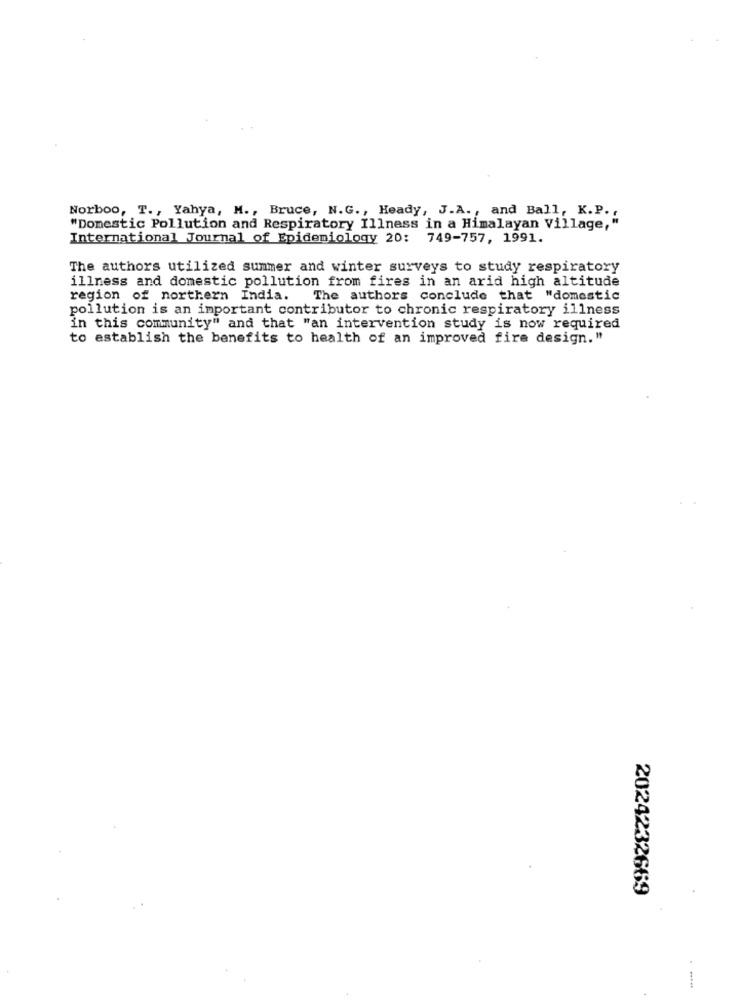
Norboo, T ., Yahya, M ., Bruce, N.G ., Heady, J.A ., and Ball, K.P. ,
"Domestic Pollution and Respiratory Illness in a Himalayan Village,"
International Journal of Epidemiology 20: 749-757, 1991.
The authors utilized summer and winter surveys to study respiratory
illness and domestic pollution from fires in an arid high altitude
region of northern India.
The authors conclude that "domestic
pollution is an important contributor to chronic respiratory illness
in this community" and that "an intervention study is now required
to establish the benefits to health of an improved fire design."
2024232669
.